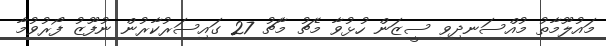
މައުލޫމާތު މުއްސަނދިވި ސީޒަން ހުޅުވާ މެޗު މާޗު 27 ގައިސަރުކާރުން ނުފޫޒު ފޯރުވުމާ